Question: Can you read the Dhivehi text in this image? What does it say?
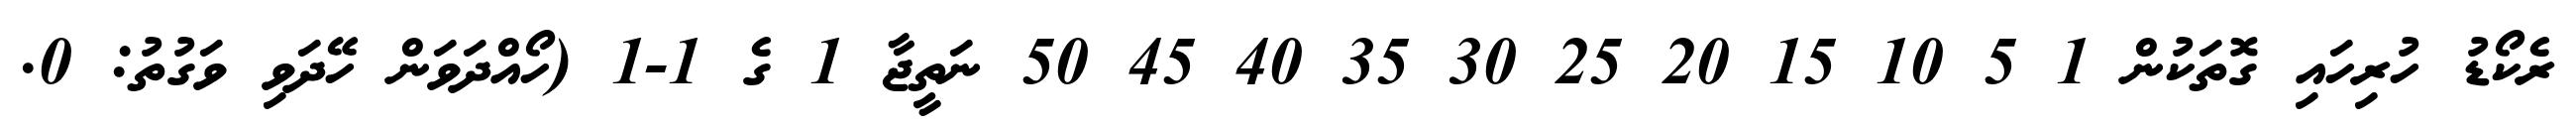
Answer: ރެކޯޑު ހުރިހައި ގޮތަކުން 1 5 10 15 20 25 30 35 40 45 50 ނަތީޖާ 1 ގެ 1-1 (ހޯއްދަވަން ހޭދަވި ވަގުތު: 0.